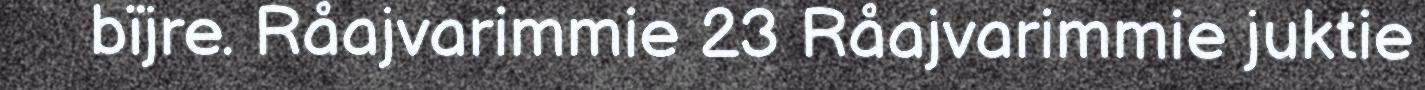
bïjre. Råajvarimmie 23 Råajvarimmie juktie